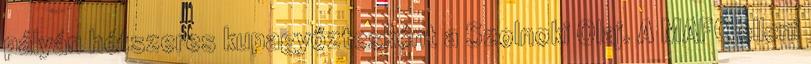
pályán hétszeres kupagyőztesként a Szolnoki Olaj. A MAFC elleni